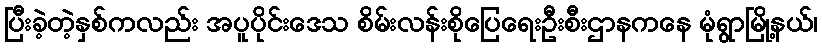
ပြီးခဲ့တဲ့နှစ်ကလည်း အပူပိုင်းဒေသ စိမ်းလန်းစိုပြေရေးဦးစီးဌာနကနေ မုံရွာမြို့နယ်၊